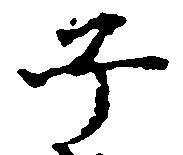
子